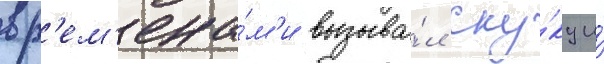
вр'ем'ена́м'и вызыва́л ску́ку и́